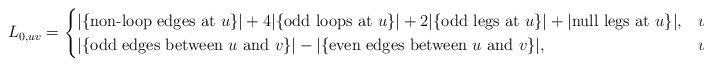
LaTeX: \begin{align*}L_{0,uv}=\begin{cases} |\{\mbox{non-loop edges at }u\}|+4|\{\mbox{odd loops at }u\}|+2|\{\mbox{odd legs at }u\}|+|\mbox{null legs at }u\}|, & u=v,\\|\{\mbox{odd edges between }u\mbox{ and }v\}|-|\{\mbox{even edges between }u\mbox{ and }v\}|,& u\neq v.\end{cases}\end{align*}